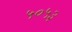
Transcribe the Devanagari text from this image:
५०५३